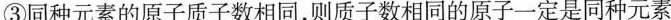
③同种元素的原子质子数相同，则质子数相同的原子一定是同种元素